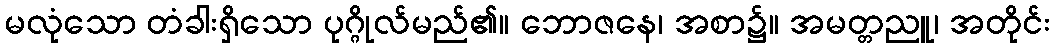
မလုံသော တံခါးရှိသော ပုဂ္ဂိုလ်မည်၏။ ဘောဇနေ၊ အစာ၌။ အမတ္တညူ၊ အတိုင်း